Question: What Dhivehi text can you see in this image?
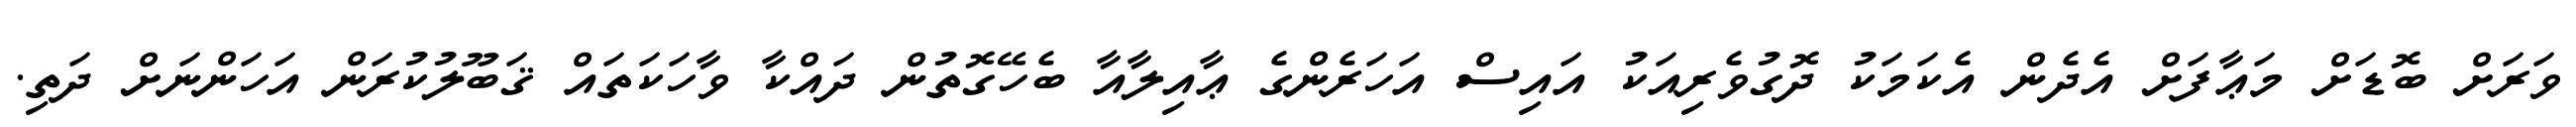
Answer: ވަރަށް ބޮޑަށް މަޢާފަށް އެދެން އެކަމަކު ދޮގުވެރިއަކު އައިސް އަހަރެންގެ ޢާއިލާއާ ބެހޭގޮތުން ދައްކާ ވާހަކަތައް ޤަބޫލުކުރަން އަހަންނަށް ދަތި.